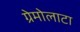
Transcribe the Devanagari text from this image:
ग्रेमोलाटा